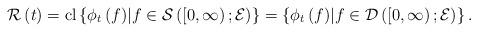
LaTeX: \begin{align*}\mathcal{R} \left( t \right) = \mathrm{cl} \left\lbrace \phi_{t} \left( f \right) \middle\vert f \in \mathcal{S} \left( \left[ 0,\infty \right) ; \mathcal{E} \right) \right\rbrace = \left\lbrace \phi_{t} \left( f \right) \middle\vert f \in \mathcal{D} \left( \left[ 0,\infty \right) ; \mathcal{E} \right) \right\rbrace.\end{align*}